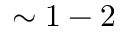
\sim 1 - 2